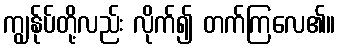
ကျွန်ုပ်တို့လည်း လိုက်၍ တက်ကြလေ၏။